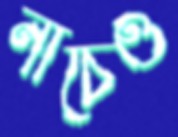
নাচেও